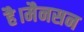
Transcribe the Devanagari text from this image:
है।मैनसन